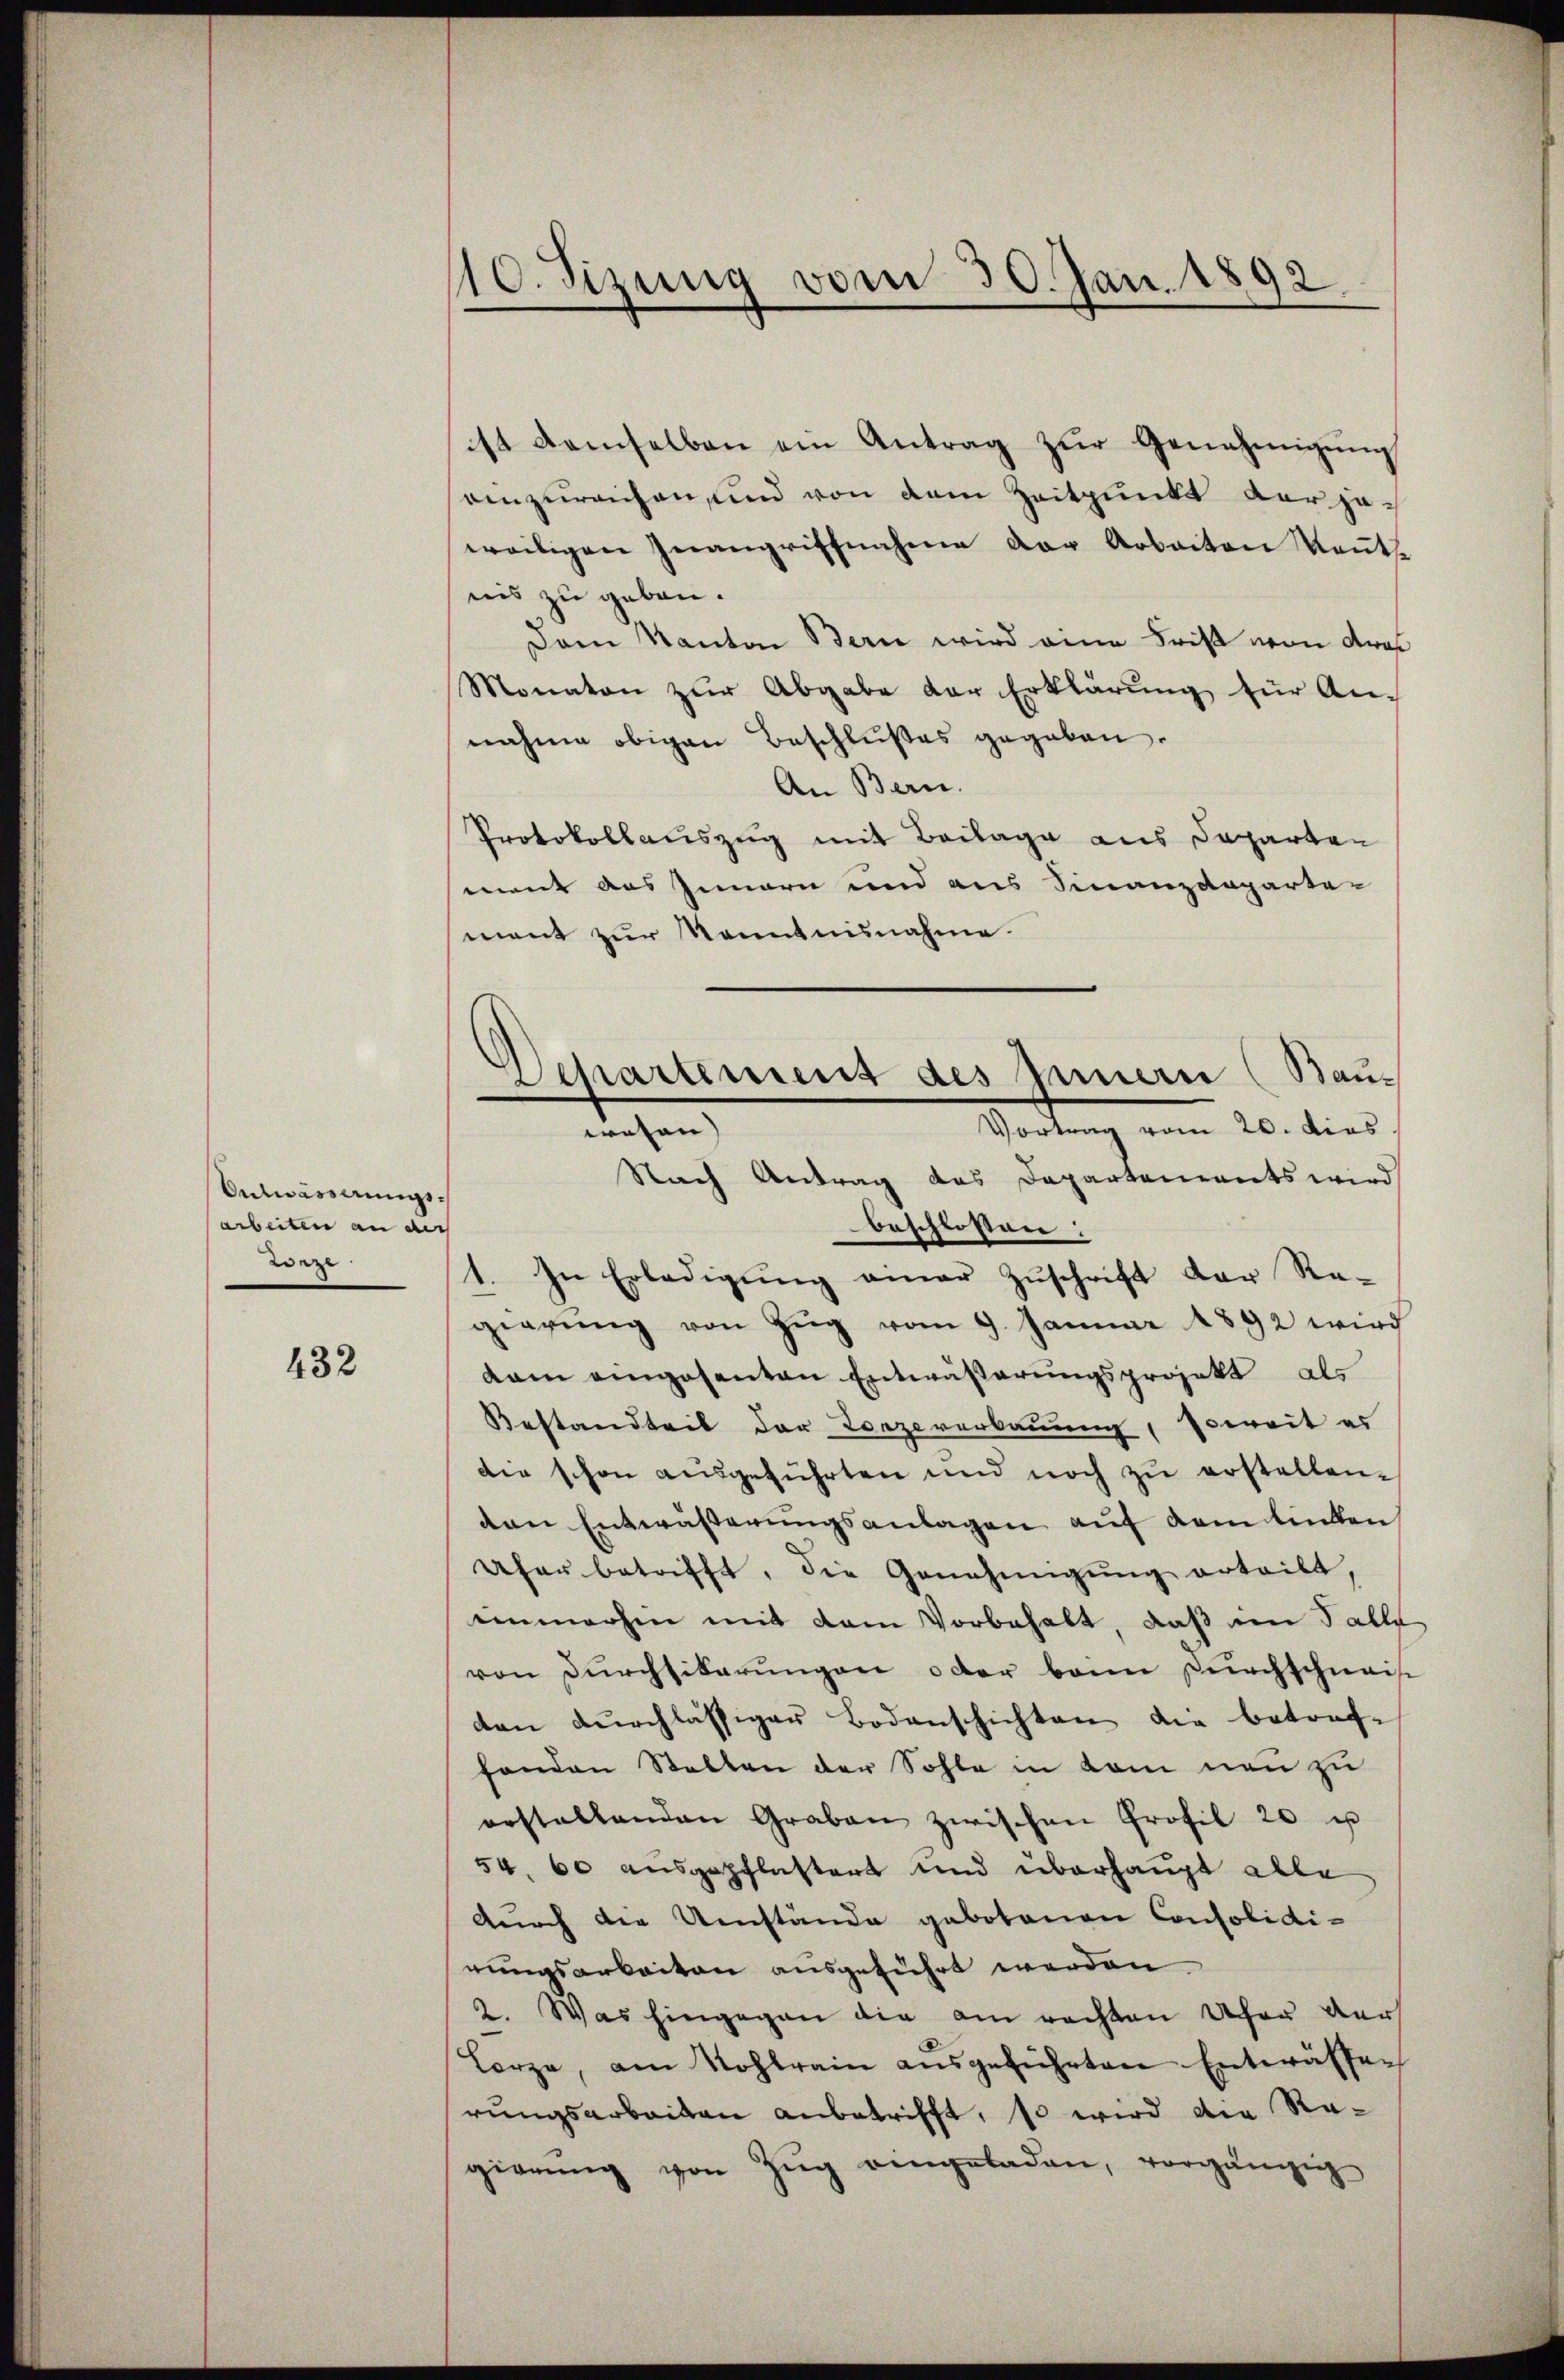
Entwässerungsarbeiten an auch
Weze

432

10. Sizung vom 30. Jan. 1892
2

ist demselben ein Antrag zŭr Genehmigŭng
einzureichen, und von dem Zeitpunkt der jeweiligen Inangriffnahme der Arbeiten Kennt
nis zu geben.
Dem Kanton Bern wird eine Frist von etwas
Monaten zŭr Abgabe der Erklärŭng für An-
nahme obigen Beschlußes gegeben.
An Bern.
Protokollauszug mit Beilage aus Departen
ment aus Innern und aus Finanzdeparte-
ment zur Kenntnisnahme.
beschlossen:
1. In Erledigŭng einer Zŭschrift der Re-
gierŭng von Zŭg vom 9. Januar 1892 wird
dam eingesanten Entwässerungsprojekt als
Bestandteil der Lorzeverkannung, soweit es
die schon aŭsgeführten und noch zŭ erstellen.
den Entwässerungsanlagen auf dem linken
Uher betrifft, die Genehmigŭng erteilt,
enmachen mit dem Vorbehalt, daß im Falle
von Dŭrchsibarŭngen oder bann Durchschweise
den dŭrchlässiger Bodenschichten die betref-
fonden Stellen der Sohle in kam neu zu
erstellenden Graben zwischen Profil 20 u
54. 60 ausgepflastert und überhaupt alle
durch die Umstände gebotenen Consolidirungsarbeiten ausgeführt werden.
2. Was hingegen die am rechten Ufer der
Lorze, am Kohlrain aŭsgeführten Entwässen
rungsarbeiten anbetrifft, so wird die Regierŭng von Zŭg eingeladen, vorgängig

Departement des Innern (Bau¬
Vortrag vom 20. dies
wesen) |
Nach Antrag des Departements wird